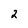
Character: 2